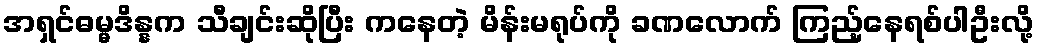
အရှင်ဓမ္မဒိန္နက သီချင်းဆိုပြီး ကနေတဲ့ မိန်းမရုပ်ကို ခဏလောက် ကြည့်နေရစ်ပါဦးလို့